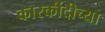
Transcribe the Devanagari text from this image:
कारर्कीदीच्या